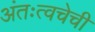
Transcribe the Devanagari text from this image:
अंतःत्वचेची